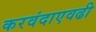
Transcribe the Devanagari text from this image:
करवंदाएवढी